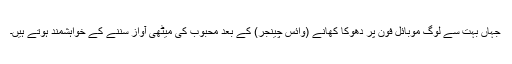
جہاں بہت سے لوگ موبائل فون پر دھوکا کھانے (وائس چینجر) کے بعد محبوب کی میٹھی آواز سننے کے خواہشمند ہوتے ہیں۔